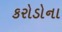
કરોડોના